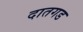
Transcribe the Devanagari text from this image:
दातगड